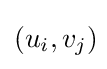
(u_{i},v_{j})\!